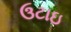
ઉટાઇ